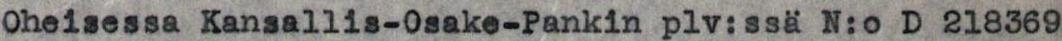
Oheisessa Kansallis-0sake-Pankin plv:ssä N:o D 218369